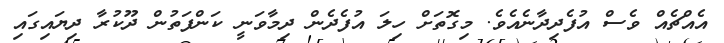
އެއްޗެއް ވެސް އުފެދިދާނެއެވެ. މިގޮތަށް ހިލަ އުފެދެން ދިމާވަނީ ކަންފަތުން ދޫކުރާ ދިޔައިގައި